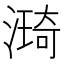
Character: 𣾏